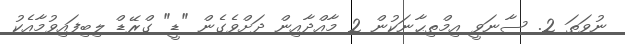
ނުވަތަ 2. ސާނަވީ އިމްތިޙާނަކުން 2 މާއްދާއިން ދަށްވެގެން "ޑީ" ގްރޭޑް ލިބިފައިވުމާއެކު